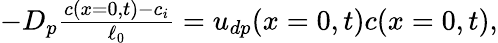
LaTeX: \begin{array}{r}{-D_{p}\frac{c(x=0,t)-c_{i}}{\ell_{0}}=u_{dp}(x=0,t)c(x=0,t),}\end{array}